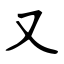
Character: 又